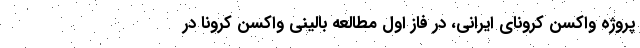
پروژه واکسن کرونای ایرانی، در فاز اول مطالعه بالینی واکسن کرونا در